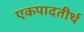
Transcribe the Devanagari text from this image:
एकपादतीर्थ